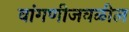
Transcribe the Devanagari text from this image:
वांगणीजवळील